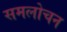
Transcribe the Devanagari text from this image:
समलोचन